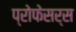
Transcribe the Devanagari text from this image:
प्रोफेसर्स